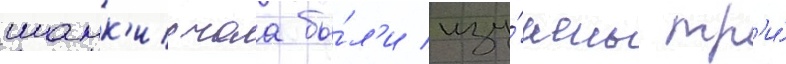
шамк'ирчаа бы́л'и изу́чены тр'и́